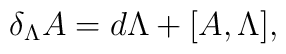
\delta_{\Lambda} A = d\Lambda + [A, \Lambda],